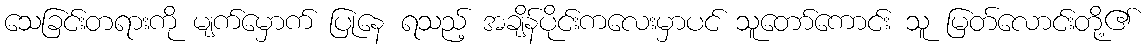
သေခြင်းတရားကို မျက်မှောက် ပြုနေ ရသည့် အချိန်ပိုင်းကလေးမှာပင် သူတော်ကောင်း သူ မြတ်လောင်းတို့၏